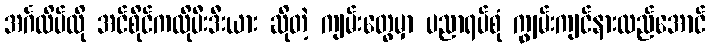
အင်္ဂလိပ်လို အင်စိုင်ကလိုပီးဒီးယား ဆိုတဲ့ ကျမ်းတွေမှာ ပညာရပ်စုံ ကျွမ်းကျင်နားလည်အောင်